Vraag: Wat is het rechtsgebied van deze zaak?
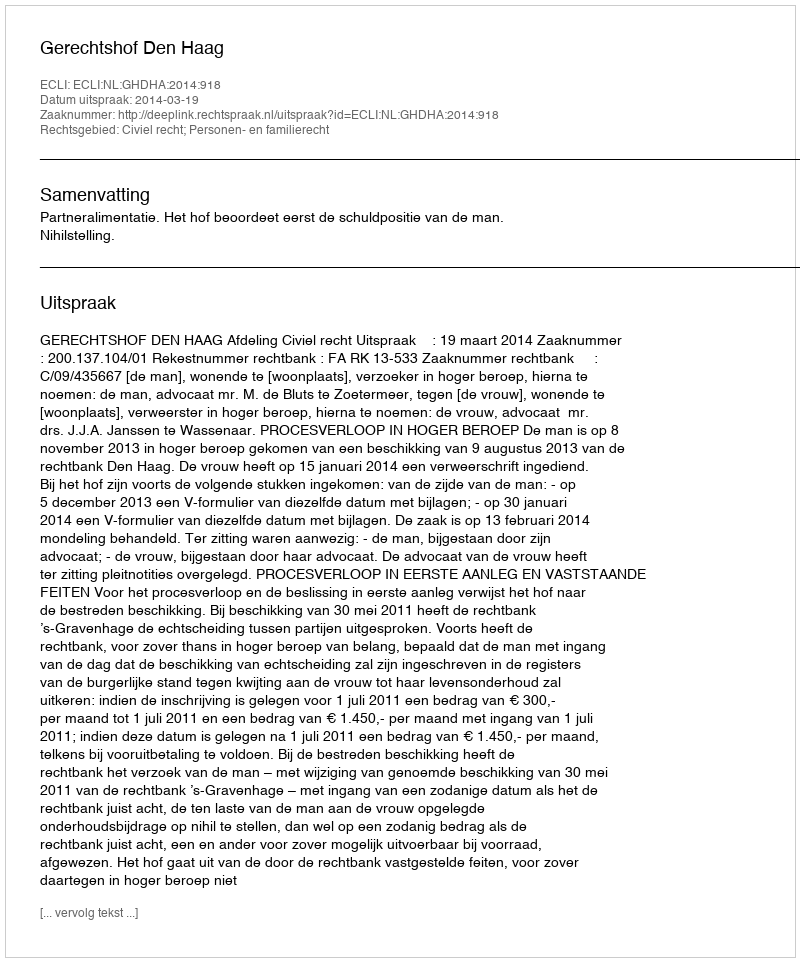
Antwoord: Civiel recht; Personen- en familierecht